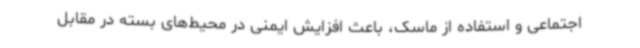
اجتماعی و استفاده از ماسک، باعث افزایش ایمنی در محیط‌های بسته در مقابل